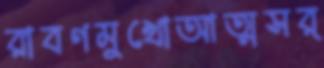
রাবণমুখোআত্মসর্